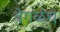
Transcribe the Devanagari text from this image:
वेगळंच